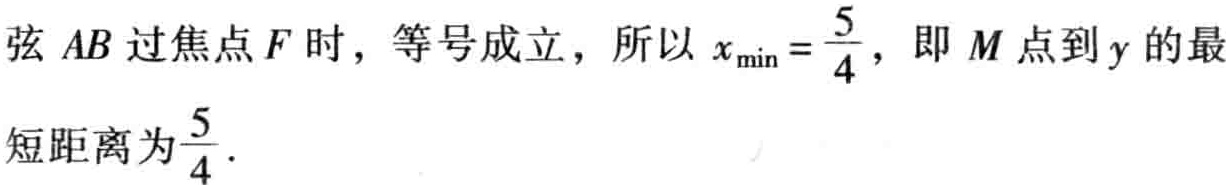
弦 \(AB\) 过焦点 \(F\) 时，等号成立，所以 \(x_{\min}=\frac{5}{4}\)，即 \(M\) 点到 \(y\) 的最短距离为 \(\frac{5}{4}\).